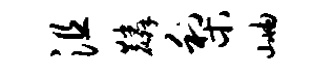
沮麟梨岫